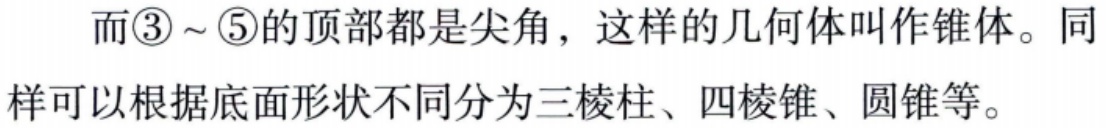
而\textcircled{3}～\textcircled{5}的顶部都是尖角，这样的几何体叫作锥体。同样可以根据底面形状不同分为三棱柱、四棱锥、圆锥等。